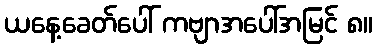
ယနေ့ခေတ်ပေါ် ကဗျာအပေါ်အမြင် ၈။